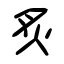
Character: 炙